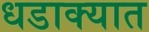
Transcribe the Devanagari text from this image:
धडाक्‍यात